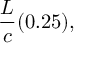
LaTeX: { \frac { L } { c } } ( 0 . 2 5 ) ,